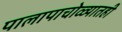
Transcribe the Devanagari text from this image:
पालापाचोळ्यातही